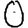
Digit: 0